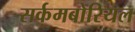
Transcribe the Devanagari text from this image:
सर्कमबोरियल